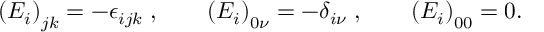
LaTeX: \left( E _ { i } \right) _ { j k } = - \epsilon _ { i j k } \; , \qquad \left( E _ { i } \right) _ { 0 \nu } = - \delta _ { i \nu } \; , \qquad \left( E _ { i } \right) _ { 0 0 } = 0 .